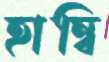
হাম্বি